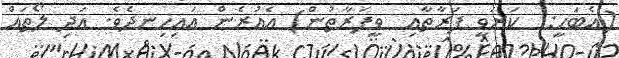
(އެބަހީ:  ކަރަވީ ފަރާތާއި  ވީފަރާތުން) އެއުރެން އައިހިނދެވެ. އަދި ލޯތައް